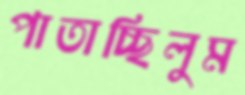
পাতাচ্ছিলুম